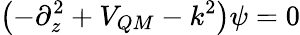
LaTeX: \left(-\partial_{z}^{2}+V_{QM}-k^{2}\right)\psi=0